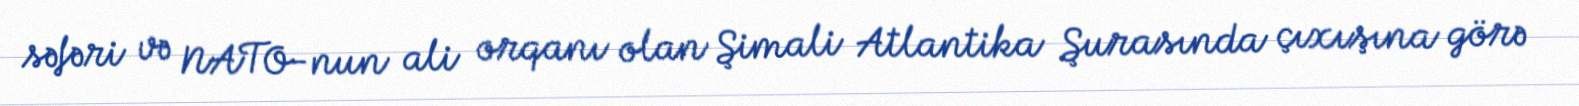
səfəri və NATO-nun ali orqanı olan Şimali Atlantika Şurasında çıxışına görə